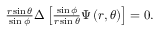
\begin{array} { r } { \frac { r \sin \theta } { \sin \phi } \boldsymbol { \Delta } \left[ \frac { \sin \phi } { r \sin \theta } \Psi \left( r , \theta \right) \right] = 0 . } \end{array}